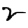
Digit: 2